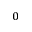
_ 0